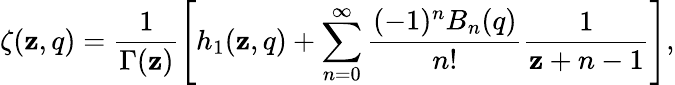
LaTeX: \zeta(\mathbf{z},q)=\frac{1}{{\Gamma(\mathbf{z})}}\left[h_{1}(\mathbf{z},q)+\sum_{n=0}^{\infty}\frac{{(-1)^{n}B_{n}(q)}}{{n!}}\frac{1}{{\mathbf{z}+n-1}}\right],